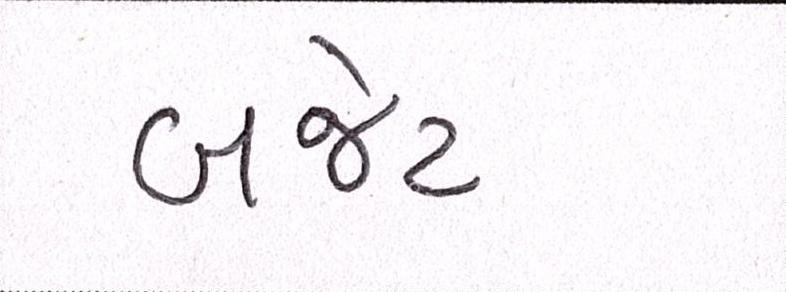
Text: બજેટ